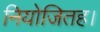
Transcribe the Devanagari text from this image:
नियोजितह।